Indian journal of veterinary science and animal husbandry - Volume 14,
Year: 1944
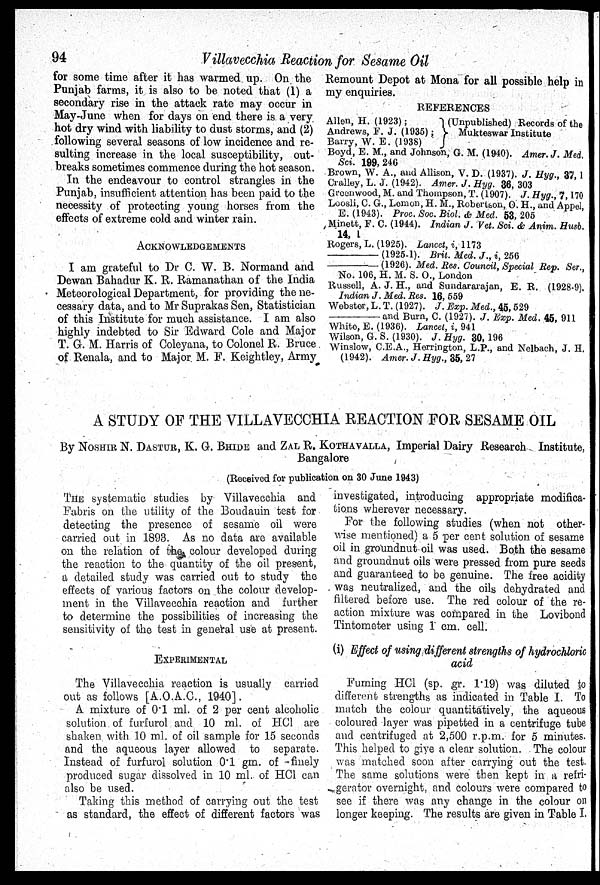
94
Villavecchia Reaction for Sesame Oil
for some time after it has warmed up. On the
Punjab farms, it is also to be noted that (1) a
secondary rise in the attack rate may occur in
May-June when for days on end there is a very
hot dry wind with liability to dust storms, and (2)
following several seasons of low incidence and re-
sulting increase in the local susceptibility, out-
breaks sometimes commence during the hot season.
In the endeavour to control strangles in the
Punjab, insufficient attention has been paid to the
necessity of protecting young horses from the
effects of extreme cold and winter rain.
ACKNOWLEDGEMENTS
I am grateful to Dr C. W. B. Normand and
Dewan Bahadur K. R. Ramanathan of the India
Meteorological Department, for providing the ne-
cessary data, and to Mr Suprakas Sen, Statistician
of this Institute for much assistance. I am also
highly indebted to Sir Edward Cole and Major
T. G. M. Harris of Coleyana, to Colonel R. Bruce
of Renala, and to Major M. F. Keightley, Army
Remount Depot at Mona for all possible help in
my enquiries.
REFERENCES
Allen, H. (1923);
Andrews, F. J. (1935);
Barry, W. E. (1938)
(Unpublished) Records of the
Mukteswar Institute
Boyd, E. M., and Johnson, G. M. (1940). Amer. J. Med.
Sci. 199, 246
Brown, W. A., and Allison, V. D. (1937). J. Hyg., 37, 1
Cralley, L. J. (1942). Amer. J. Hyg. 36, 303
Greenwood, M. and Thompson, T. (1907). J. Hyg., 7, 170
Loosli, C. G., Lemon, H. M., Robertson, O. H., and Appel,
E. (1943). Proc. Soc. Biol. & Med. 53, 205
Minett, F. C. (1944). Indian J. Vet. Sci. & Anim. Husb.
14, 1
Rogers, L. (1925). Lancet, i, 1173
—
(1925-1). Brit. Med. J., i, 256
—
(1926). Med. Res. Council, Special Rep. Ser.,
No. 106, H. M. S. O., London
Russell, A. J. H., and Sundararajan, E. R. (1928-9).
Indian J. Med. Res. 16, 559
Webster, L. T. (1927). J. Exp. Med., 45, 529
—
and Burn, C. (1927). J. Exp. Med. 45, 911
White, E. (1936). Lancet, i, 941
Wilson, G. S. (1930). J. Hyg. 30, 196
Winslow, C.E.A., Herrington, L.P., and Nelbach, J. H.
(1942). Amer. J. Hyg., 35, 27
A STUDY OF THE VILLAVECCHIA REACTION FOR SESAME OIL
By NOSHIR N. DASTUR, K. G. BHIDE and ZAL R. KOTHAVALLA, Imperial Dairy Research Institute,
Bangalore
(Received for publication on 30 June 1943)
THE systematic studies by Villavecchia and
Fabris on the utility of the Boudauin test for
detecting the presence of sesame oil were
carried out in 1893. As no data are available
on the relation of the colour developed during
the reaction to the quantity of the oil present,
a detailed study was carried out to study the
effects of various factors on the colour develop-
ment in the Villavecchia reaction and further
to determine the possibilities of increasing the
sensitivity of the test in general use at present.
EXPERIMENTAL
The Villavecchia reaction is usually carried
out as follows [A.O.A.C., 1940].
A mixture of 0.1 ml. of 2 per cent alcoholic
solution of furfurol and 10 ml. of HCl are
shaken with 10 ml. of oil sample for 15 seconds
and the aqueous layer allowed to separate.
Instead of furfurol solution 0.1 gm. of finely
produced sugar dissolved in 10 ml. of HC1 can
also be used.
Taking this method of carrying out the test
as standard, the effect of different factors was
investigated, introducing appropriate modifica-
tions wherever necessary.
For the following studies (when not other-
wise mentioned) a 5 per cent solution of sesame
oil in groundnut oil was used. Both the sesame
and groundnut oils were pressed from pure seeds
and guaranteed to be genuine. The free acidity
was neutralized, and the oils dehydrated and
filtered before use. The red colour of the re-
action mixture was compared in the Lovibond
Tintometer using 1 cm. cell.
(i) Effect of using different strengths of hydrochloric
acid
Fuming HCl (sp. gr. 1.19) was diluted to
different strengths as indicated in Table I. To
match the colour quantitatively, the aqueous
coloured layer was pipetted in a centrifuge tube
and centrifuged at 2,500 r.p.m. for 5 minutes.
This helped to give a clear solution. The colour
was matched soon after carrying out the test.
The same solutions were then kept in a refri-
gerator overnight, and colours were compared to
see if there was any change in the colour on
longer keeping. The results are given in Table I.